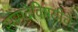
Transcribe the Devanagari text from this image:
संसदेविषयीचे